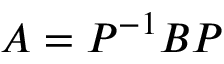
A = P ^ { - 1 } B P